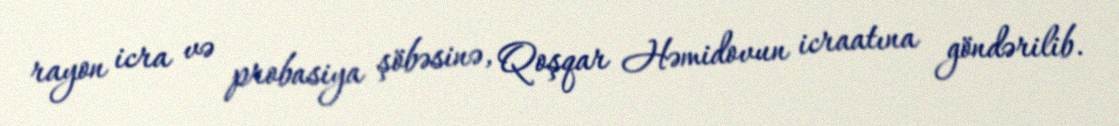
rayon icra və probasiya şöbəsinə, Qoşqar Həmidovun icraatına göndərilib.